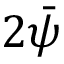
2 \Bar { \psi }